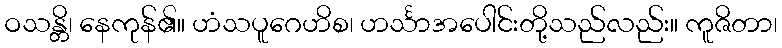
ဝသန္တိ၊ နေကုန်၏။ ဟံသပူဂေဟိစ၊ ဟင်္သာအပေါင်းတို့သည်လည်း။ ကူဇိတာ၊